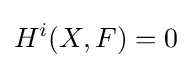
H^{i}(X,F)=0